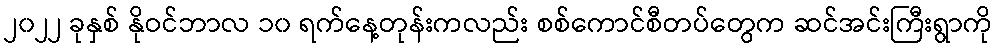
၂၀၂၂ ခုနှစ် နိုဝင်ဘာလ ၁၀ ရက်နေ့တုန်းကလည်း စစ်ကောင်စီတပ်တွေက ဆင်အင်းကြီးရွာကို